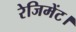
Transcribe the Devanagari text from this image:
रेजिमेंट।